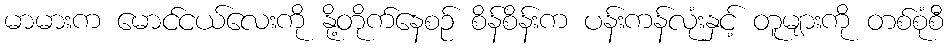
မာမားက မောင်ငယ်လေးကို နို့တိုက်နေစဉ် စိန်စိန်းက ပန်းကန်လုံးနှင့် တူများကို တစ်စုံစီ